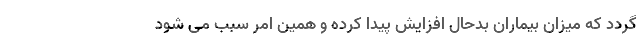
گردد که میزان بیماران بدحال افزایش پیدا کرده و همین امر سبب می شود